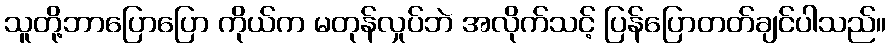
သူတို့ဘာပြောပြော ကိုယ်က မတုန်လှုပ်ဘဲ အလိုက်သင့် ပြန်ပြောတတ်ချင်ပါသည်။